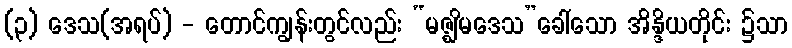
(၃) ဒေသ(အရပ်) - တောင်ကျွန်းတွင်လည်း “မဇ္ဈိမဒေသ”ခေါ်သော အိန္ဒိယတိုင်း ၌သာ